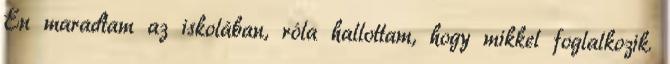
Én maradtam az iskolában, róla hallottam, hogy mikkel foglalkozik.